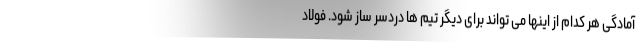
آمادگی هر کدام از اینها می تواند برای دیگر تیم ها دردسر ساز شود. فولاد